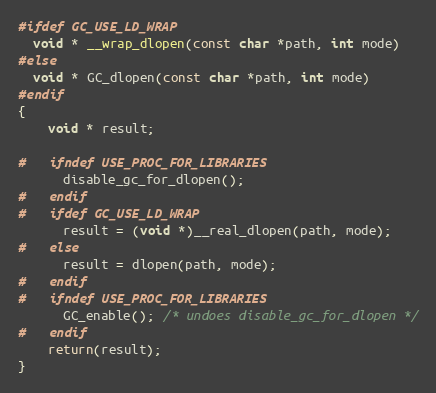
Language: C
#ifdef GC_USE_LD_WRAP
  void * __wrap_dlopen(const char *path, int mode)
#else
  void * GC_dlopen(const char *path, int mode)
#endif
{
    void * result;

#   ifndef USE_PROC_FOR_LIBRARIES
      disable_gc_for_dlopen();
#   endif
#   ifdef GC_USE_LD_WRAP
      result = (void *)__real_dlopen(path, mode);
#   else
      result = dlopen(path, mode);
#   endif
#   ifndef USE_PROC_FOR_LIBRARIES
      GC_enable(); /* undoes disable_gc_for_dlopen */
#   endif
    return(result);
}